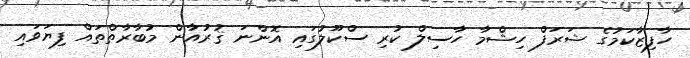
ހާފިޒާކަމުގެ ޝަރަފް ހިޝްމާ ހާސިލް ކުރި ސްކޫލުގައި އޮންނަ ޤުރުއާން މުބާރާތްތައް ފިޔަވައި